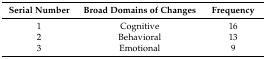
<table><thead><tr><td><b>Serial Number</b></td><td><b>Broad Domains of Changes</b></td><td><b>Frequency</b></td></tr></thead><tbody><tr><td>1</td><td>Cognitive</td><td>16</td></tr><tr><td>2</td><td>Behavioral</td><td>13</td></tr><tr><td>3</td><td>Emotional</td><td>9</td></tr></tbody></table>